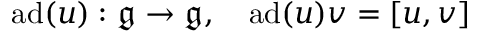
\operatorname { a d } ( u ) : { \mathfrak { g } } \to { \mathfrak { g } } , \quad \operatorname { a d } ( u ) v = [ u , v ]